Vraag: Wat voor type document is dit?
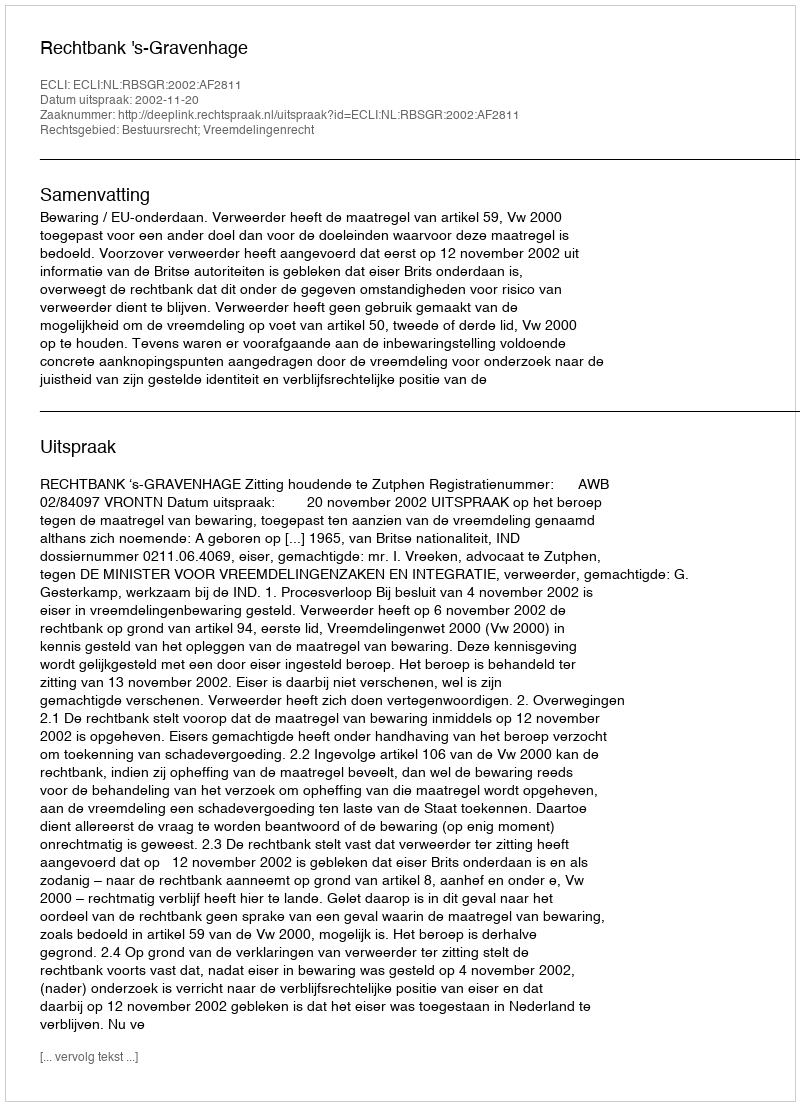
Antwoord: Uitspraak